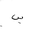
Letter: _sin